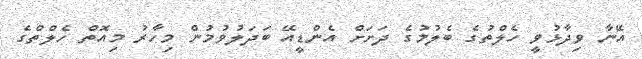
އޭނާ ވިދާޅުވީ ހެލްތުގެ ބެލުމުގެ ދަށަށް އެންޑީއޭ ބަދަލުވުމުން މިހާރު މިއޮތް ހެލްތްގެ